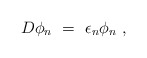
\begin{align*}D\phi_n\ =\ \epsilon_n\phi_n\ ,\end{align*}